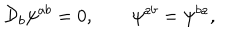
LaTeX: { \cal D } _ { b } \psi ^ { a b } = 0 , \quad \quad \psi ^ { a b } = \psi ^ { b a } ,